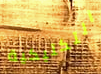
التكتيكية